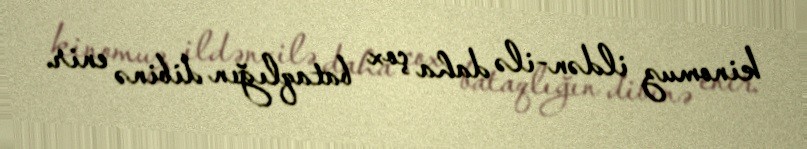
kinomuz ildən-ilə daha çox bataqlığın dibinə enir.